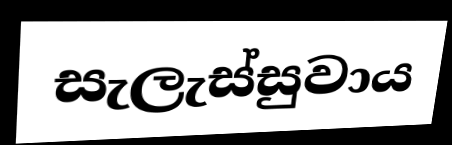
සැලැස්සුවාය